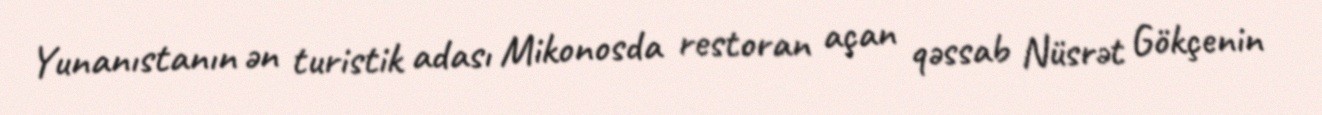
Yunanıstanın ən turistik adası Mikonosda restoran açan qəssab Nüsrət Gökçenin